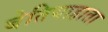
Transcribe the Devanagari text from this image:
बेतियाहाता